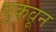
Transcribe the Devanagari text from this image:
चूकवून